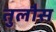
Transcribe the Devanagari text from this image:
तुलौस